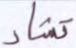
تشاء